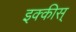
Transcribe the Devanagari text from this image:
इक्कीस्